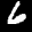
Label: 6